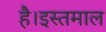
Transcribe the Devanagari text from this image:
है।इस्तमाल